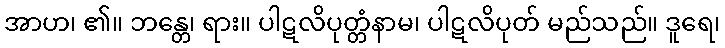
အာဟ၊ ၏။ ဘန္တေ၊ ရား။ ပါဋလိပုတ္တံနာမ၊ ပါဋလိပုတ် မည်သည်။ ဒူရေ၊